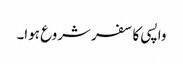
واپسی کا سفر شروع ہوا۔